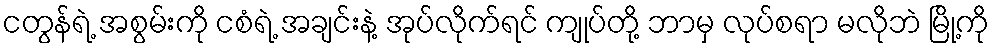
ငတွန်ရဲ့ အစွမ်းကို ငစံရဲ့ အချင်းနဲ့ အုပ်လိုက်ရင် ကျုပ်တို့ ဘာမှ လုပ်စရာ မလိုဘဲ မြို့ကို